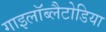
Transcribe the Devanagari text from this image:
गाइलॉब्लैटोडिया